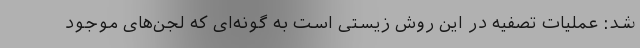
شد: عملیات تصفیه در این روش زیستی است به گونه‌ای که لجن‌های موجود